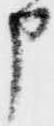
申